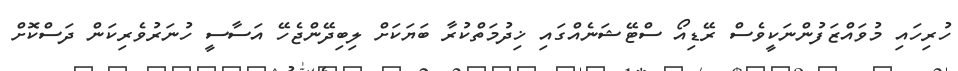
ހުރިހައި މުވައްޒަފުންނަކީވެސް ރޭޑިއޯ ސްޓޭޝަނެއްގައި ޚިދުމަތްކުރާ ބަޔަކަށް ލިބިދޭންޖެހޭ އަސާސީ ހުނަރުވެރިކަން ދަސްކޮށް